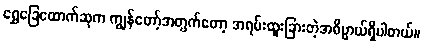
ရွှေခြေထောက်ဆုက ကျွန်တော့်အတွက်တော့ အရမ်းထူးခြားတဲ့အဓိပ္ပာယ်ရှိပါတယ်။